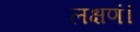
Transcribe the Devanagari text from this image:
लक्षणं।